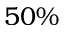
5 0 \%